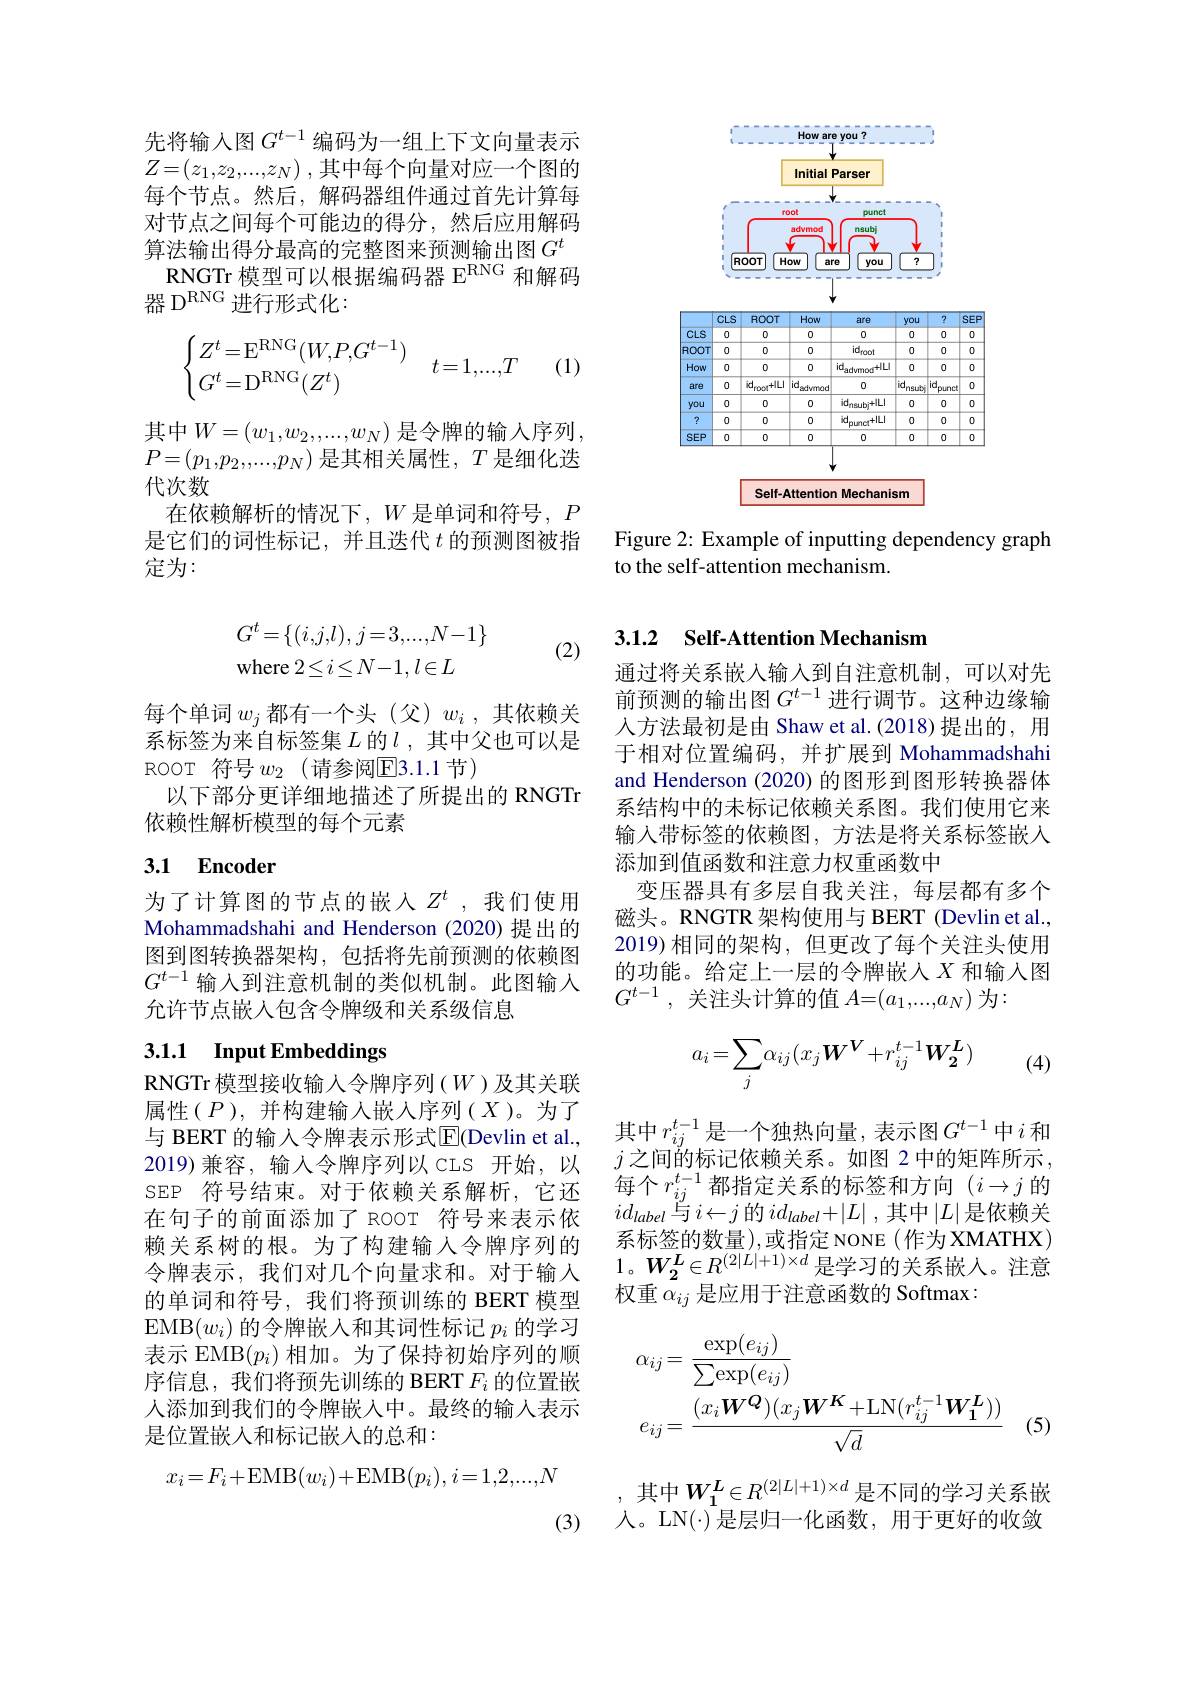
先将输入图$G^{t-1}$编码为一组上下文向量表示$Z= ( z_1, z_2, . . . , z_N)$ ,其中每个向量对应一个图的每个节点。然后，解码器组件通过首先计算每对节点之间每个可能边的得分，然后应用解码算法输出得分最高的完整图来预测输出图$G^t$ RNGTr 模型可以根据编码器 E$^\mathrm{RNG}$和解码
器 D$^\mathrm{RNG}$进行形式化：
$$\begin{cases}Z^t=\mathrm{E}^{\mathrm{RNG}}(W,P,G^{t-1})\\G^t=\mathrm{D}^{\mathrm{RNG}}(Z^t)\end{cases}\quad t=1,...,T$$
(1)

其中$W=\left(w_1,w_2,...,w_N\right)$是令牌的输入序列， $P=(p_1,p_2,...,p_N)$是其相关属性，$T$是细化迭代次数
在依赖解析的情况下，$W$是单词和符号，$P$ 是它们的词性标记，并且迭代$t$的预测图被指定为：

(2)
$$\begin{aligned}&G^{t}=\{(i,j,l),j=3,...,N-1\}\\&\text{where}2\leq i\leq N-1,l\in L\end{aligned}$$
每个单词$w_j$都有一个头(父)$w_i$,其依赖关系标签为来自标签集$L$的$l$ ,其中父也可以是ROOT 符号 $w_2$ (请参阅$\boxed{\mathrm{E}}3.1.1$节)
以下部分更详细地描述了所提出的 RNGTr
依赖性解析模型的每个元素

## 3.1 Encoder

为了计算图的节点的嵌入$Z^t$,我们使用Mohammadshahi and Henderson (2020)提出的图到图转换器架构，包括将先前预测的依赖图$G^{t-1}$输入到注意机制的类似机制。此图输入允许节点嵌入包含令牌级和关系级信息

# 3.1.1 Input Embeddings

RNGTr 模型接收输入令牌序列($W$)及其关联属性($P$),并构建输入嵌入序列($X$)。为了与 BERT 的输入令牌表示形式$\overline{\mathrm{E}}$(Devlin et al., 2019)兼容，输入令牌序列以 CLS 开始，以SEP 符号结束。对于依赖关系解析，它还在句子的前面添加了 ROOT 符号来表示依赖关系树的根。为了构建输入令牌序列的令牌表示，我们对几个向量求和。对于输入的单词和符号，我们将预训练的 BERT 模型EMB$(w_i)$的令牌嵌入和其词性标记$p_i$的学习表示 EMB$(p_i)$相加。为了保持初始序列的顺序信息，我们将预先训练的 BERT $F_i$的位置嵌人添加到我们的令牌嵌入中。最终的输入表示是位置嵌入和标记嵌入的总和：
$$x_i=F_i+\mathrm{EMB}(w_i)+\mathrm{EMB}(p_i),i=1,2,...,N$$
(3)

<FigureHere>

Figure 2: Example of inputting dependency graph
to the self-attention mechanism.

### 3.1.2 $\textbf{Self- Attention Mechanism}$

通过将关系嵌入输入到自注意机制，可以对先前预测的输出图$G^{t-1}$进行调节。这种边缘输人方法最初是由 Shaw et al.(2018)提出的，用于相对位置编码，并扩展到 Mohammadshahi and Henderson (2020) 的图形到图形转换器体系结构中的未标记依赖关系图。我们使用它来输入带标签的依赖图，方法是将关系标签嵌入添加到值函数和注意力权重函数中
变压器具有多层自我关注，每层都有多个磁头。RNGTR 架构使用与 BERT (Devlin et al., 2019)相同的架构，但更改了每个关注头使用的功能。给定上一层的令牌嵌入$X$ 和输入图$G^{t-1}$,关注头计算的值 $A=(a_1,...,a_N)$ 为：
$$a_i=\sum_j\alpha_{ij}(x_j\boldsymbol{W^V}+r_{ij}^{t-1}\boldsymbol{W_2^L})$$
(4)

其中$r_ij^{t-1}$是一个独热向量，表示图$G^t-1$中$i$和$j$之间的标记依赖关系。如图 2中的矩阵所示， 每个$r_ij^{t-1}$都指定关系的标签和方向$(i\to j$ 的$id_{label}$与$i\leftarrow j$的$id_label+|L|$,其中$|L|$是依赖关系标签的数量),或指定 NONE(作为 XMATHX) $1。W_{2}^{L}\in R^{(2|L|+1)\times d}$是学习的关系嵌入。注意权重$\alpha_{ij}$是应用于注意函数的 Softmax:
$$\begin{aligned}&\alpha_{ij}=\frac{\exp(e_{ij})}{\sum\exp(e_{ij})}\\&e_{ij}=\frac{(x_{i}\boldsymbol{W^{Q}})(x_{j}\boldsymbol{W^{K}}+\mathrm{LN}(r_{ij}^{t-1}\boldsymbol{W_{1}^{L}}))}{\sqrt{d}}\end{aligned}$$
(5)

其中$W_1^L\in R^{(2|L|+1)\times d}$是不同的学习关系嵌入。LN($\cdot)是层归一化函数，用于更好的收敛$